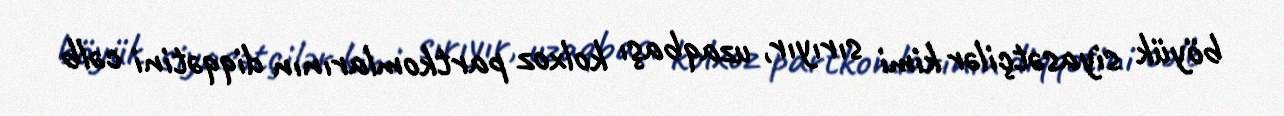
böyük siyasətçilər kimi sırıyır, uzaqbaşı kolxoz partkomlarının diqqətini cəlb